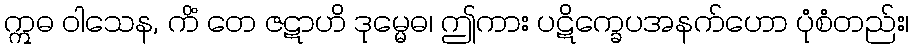
ဣဓ ဝါသေန, ကိံ တေ ဇဋာဟိ ဒုမ္မေဓ၊ ဤကား ပဋိက္ခေပအနက်ဟော ပုံစံတည်း၊